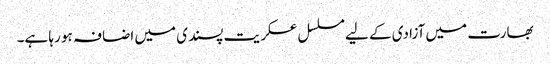
بھارت میں آزادی کے لیے مسلسل عسکریت پسندی میں اضافہ ہو رہا ہے۔